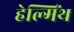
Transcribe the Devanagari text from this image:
हेल्मिंथ